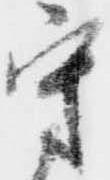
守